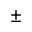
\pm